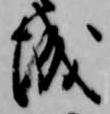
城